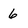
Character: 6